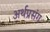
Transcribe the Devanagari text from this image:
अर्थप्रसंग